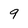
Character: 9